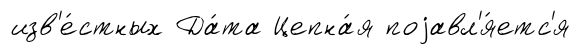
изв'е́стных Да́та Цепна́я поjавл'я́етс'я